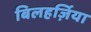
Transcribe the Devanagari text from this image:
बिलहर्ज़िया